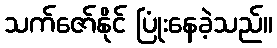
သက်ဇော်နိုင် ပြုံးနေခဲ့သည်။